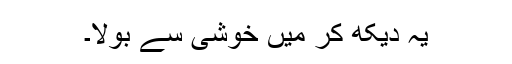
یہ دیکھ کر میں خوشی سے بولا۔